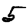
Digit: 5